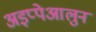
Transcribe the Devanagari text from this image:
अइप्पेआलुन